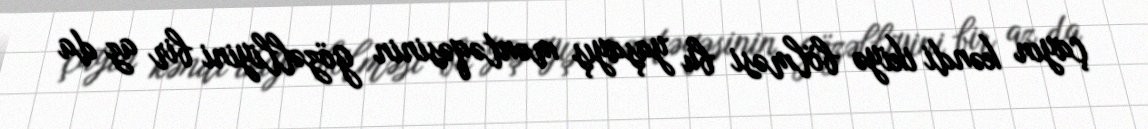
çayın kəndi ikiyə bölməsi bu yaşayış məntəqəsinin gözəlliyini bir az da